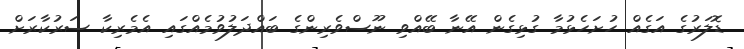
ޑޮލަރުގެ އަގެއް ހުށަހެޅުމާ ގުޅިގެން އޭނާ ބޭއްވި ނޫސްވެރިންގެ ބައްދަލުވުމެއްގައި އެމެރިކާ ސަރުކާރަށް